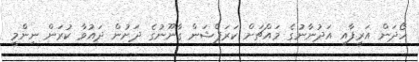
ހޯދަން އަރީފާއި އަދުނާނުގެ މައްޗަށް ކަރަޕްޝަން ގާނޫނުގެ ދަށުން ދައުވާ ކުރަން ނިންމީ